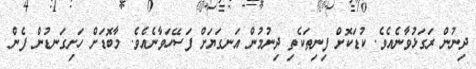
ދިނުން ރަގަޅުވާނެއެވެ. ކުޑަކޮށް ފިނިތަކެތި ދިނުމުން އަނގަޔަށް ފަސޭހަވާނެއެވެ. މާބޮޑަށް ހަށިގަނޑުން ފެން